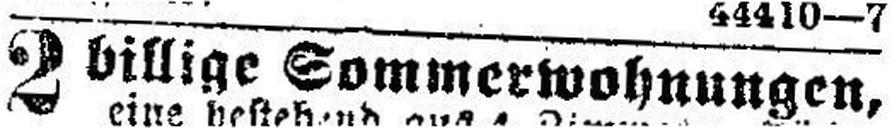
2 billige Sommerwohnungen,